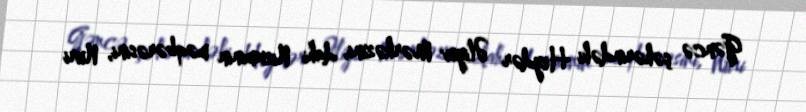
Gəncə şəhərindəki Heydər Əliyev Mərkəzini, dahi Nizaminin məqbərəsini, Nuri